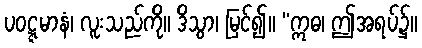
ပဝဋ္ဋမာနံ၊ လူးသည်ကို။ ဒိသွာ၊ မြင်၍။ “ဣဓ၊ ဤအရပ်၌။